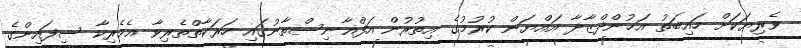
ވެރިޔަކަށް ހައިބަތު އަޚުންދްޒާދާ އައްޔަން ކުރުމުގެ އިތުރުން އަފްޣާނިސްތާނުގައި ހަރަކާތްތެރިވާ އެމެރިކާ ސިފައިންގެ